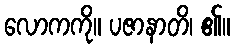
လောကကို။ ပဇာနာတိ၊ ၏။